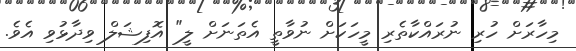
މިހާރަށް ހުރި ނުރައްކާތެރި މީހަކަށް ނުވާތީ އެތަނަށް ލީ" އޮފިޝަލް ވިދާޅުވި އެވެ.